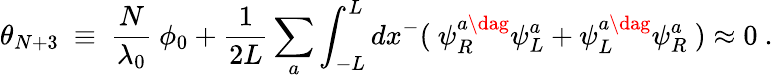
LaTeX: \theta_{N+3}~\equiv~\frac{N}{\lambda_{0}}~\phi_{0}+\frac{1}{2L}\sum_{a}\int_{-L}^{L}dx^{-}(~\psi_{R}^{a\dag}\psi_{L}^{a}+\psi_{L}^{a\dag}\psi_{R}^{a}~)\approx 0~.